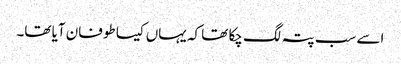
اسے سب پتہ لگ چکا تھا کہ یہاں کیسا طوفان آیا تھا۔